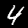
Label: 4